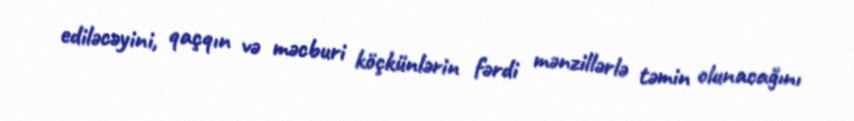
ediləcəyini, qaçqın və məcburi köçkünlərin fərdi mənzillərlə təmin olunacağını